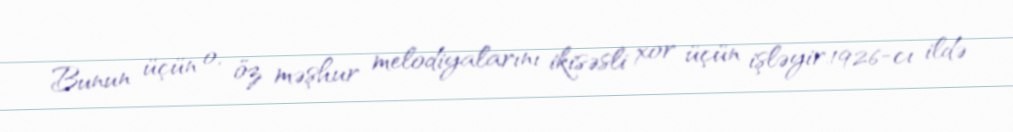
Bunun üçün o, öz məşhur melodiyalarını ikisəsli xor üçün işləyir.1926-cı ildə